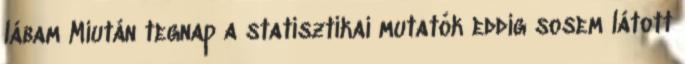
lábam Miután tegnap a statisztikai mutatók eddig sosem látott